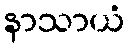
နာသာယံ